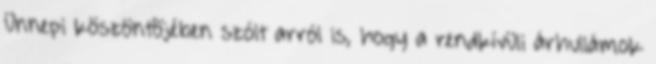
Ünnepi köszöntõjében szólt arról is, hogy a rendkívüli árhullámok